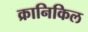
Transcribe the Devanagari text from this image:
क्रानिकिल